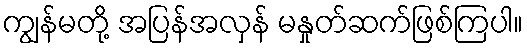
ကျွန်မတို့ အပြန်အလှန် မနှုတ်ဆက်ဖြစ်ကြပါ။